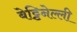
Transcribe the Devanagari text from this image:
बेट्टिनेल्ली